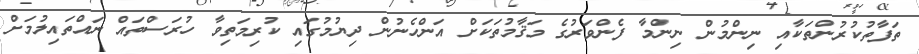
ތަފާތުކުރުންތަކާއި ނިންމުން ނިންމާ ފެންވަރުގެ މަޤާމުތަކަށް އަންހެނުން ދިޔުމުގައި ކުރިމަތިވާ ހުރަސްތައް ނައްތައިލުމަށް